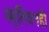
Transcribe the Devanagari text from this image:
स्मृतिवनही